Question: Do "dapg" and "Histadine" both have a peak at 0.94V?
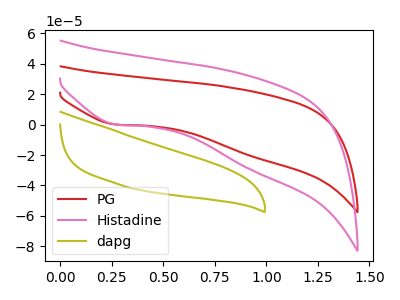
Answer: <think>The red curve "PG" has a cathodic peak at: (0.25V, 0.05uA). The pink curve "Histadine" has a cathodic peak at: (0.25V, 0.05uA). The olive curve "dapg" has no peaks.</think>
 <answer>No, "dapg" and "Histadine" dont share a peak at 0.94V.</answer>
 <eval>mismatch</eval>